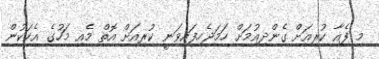
މި ފެއާ ކުރިއަށް ގެންދިއުމަށް ހަމަޖެހިފައިވަނީ ކުރިއަށް އޮތް މެއި މަހުގެ އެކަކުން